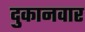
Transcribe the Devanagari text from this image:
दुकानवार